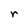
Character: r